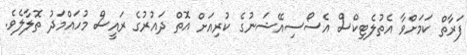
ފަރާތް ކަމަށްވާ އެތުލެޓިކްސް އެސޯސިއޭޝަނުގެ ކުރިއަށް އޮތް ދައުރުގެ ރައީސް މުހައްމަދު ތޮލާލެވެ.